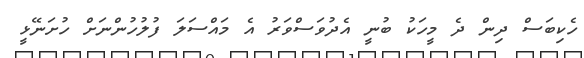
ހެކިބަސް ދިން ދެ މީހަކު ބުނީ އެދުވަސްވަރު އެ މައްސަލަ ފުލުހުންނަށް ހުށަނޭޅީ